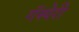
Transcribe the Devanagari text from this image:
गॅस्पेरी